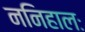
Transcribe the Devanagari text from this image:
ननिहालः